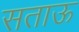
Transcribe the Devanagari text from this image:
सताऊ